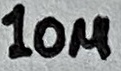
Text: 10µ